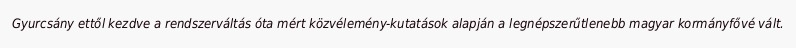
Gyurcsány ettől kezdve a rendszerváltás óta mért közvélemény-kutatások alapján a legnépszerűtlenebb magyar kormányfővé vált.